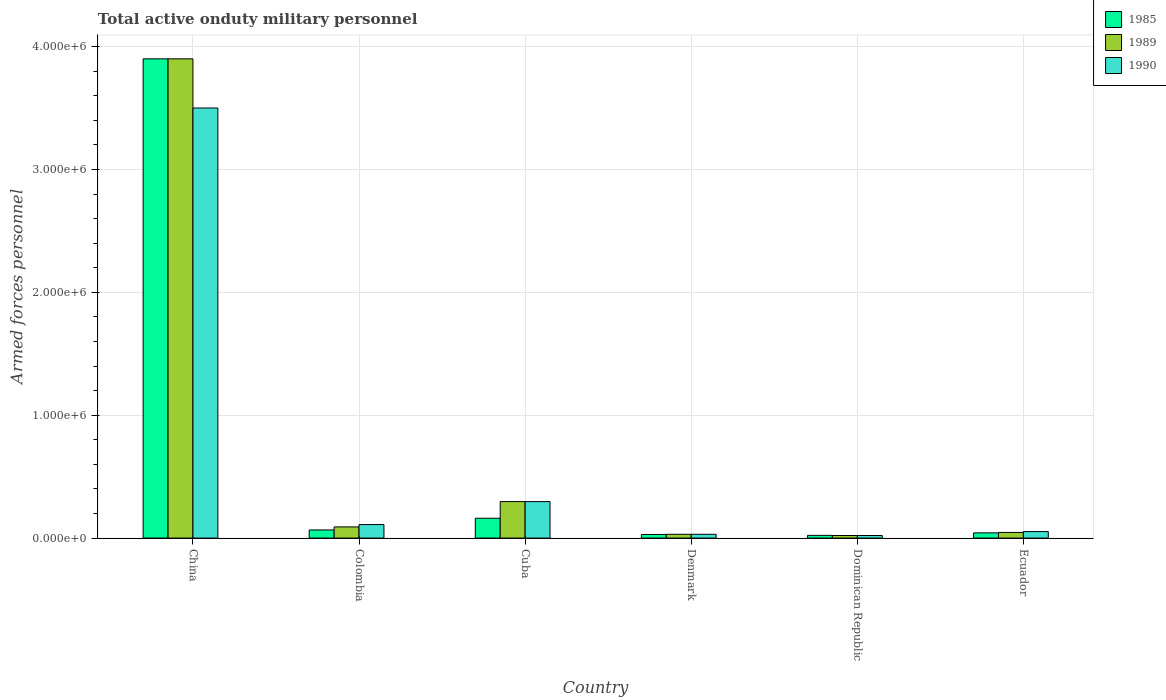
| Country | 1985 | 1989 | 1990 |
 | --- | --- | --- | --- |
 | China | 3.9e+06 | 3.9e+06 | 3.5e+06 |
 | Colombia | 6.62e+04 | 9.1e+04 | 1.1e+05 |
 | Cuba | 1.62e+05 | 2.97e+05 | 2.97e+05 |
 | Denmark | 2.96e+04 | 3.1e+04 | 3.1e+04 |
 | Dominican Republic | 2.22e+04 | 2.1e+04 | 2.1e+04 |
 | Ecuador | 4.25e+04 | 4.6e+04 | 5.3e+04 |